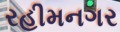
રહીમનગર